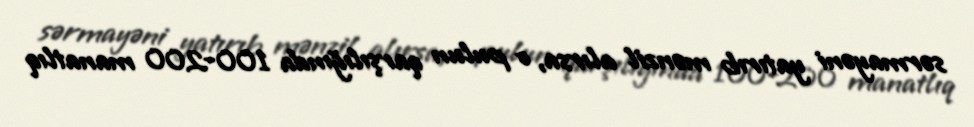
sərmayəni yatırıb mənzil alırsa, o pulun qarşılığında 100-200 manatlıq